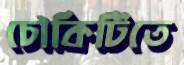
চৌকিটিতে